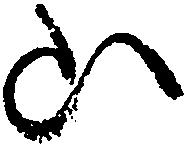
山